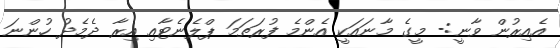
އެއިރުން ވާނީ:- މީގެ މާނައަކީ އެންމެ ފުރަތަމަ ޕްލެނެޓާއި އިރާ ދެމެދު ހުންނަ